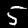
Label: 5